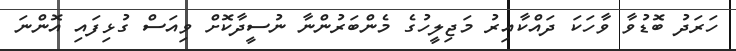
ހަރަދު ބޮޑުވާ ވާހަކަ ދައްކާއިރު މަޖިލީހުގެ މެންބަރުންނާ ނުސީދާކޮށް ވިއަސް ގުޅިފައި އޮންނަ